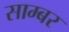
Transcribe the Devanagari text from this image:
साम्बर